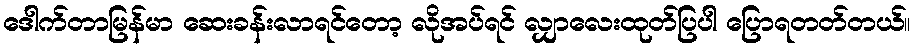
ဒေါက်တာမြန်မာ ဆေးခန်းလာရင်တော့ လိုအပ်ရင် လျှာလေးထုတ်ပြပါ ပြောရတတ်တယ်။